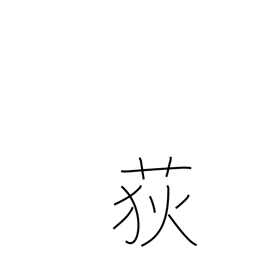
Meaning: rush